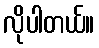
လိုပါတယ်။